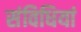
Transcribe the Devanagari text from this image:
संविधियां